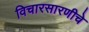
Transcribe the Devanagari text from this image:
विचारसारणीचे